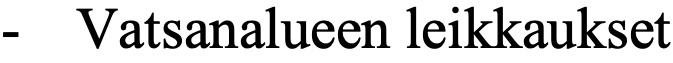
-  Vatsanalueen leikkaukset